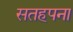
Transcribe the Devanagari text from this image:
सतहपना